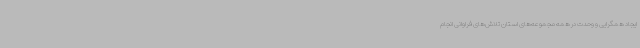
ایجاد همگرایی و وحدت در همه مجموعه‌های استان تلاش‌های فراوانی انجام